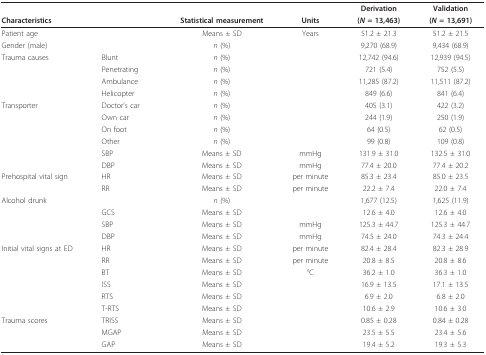
<table><thead><tr><td></td><td></td><td></td><td></td><td><b>Derivation</b></td><td><b>Validation</b></td></tr><tr><td colspan="2"><b>Characteristics</b></td><td><b>Statistical measurement</b></td><td><b>Units</b></td><td><b>(<i>N </i>= 13,463)</b></td><td><b>(<i>N </i>= 13,691)</b></td></tr></thead><tbody><tr><td>Patient age</td><td></td><td>Means ± SD</td><td>Years</td><td>51.2 ± 21.3</td><td>51.2 ± 21.5</td></tr><tr><td>Gender (male)</td><td></td><td><i>n </i>(%)</td><td></td><td>9,270 (68.9)</td><td>9,434 (68.9)</td></tr><tr><td>Trauma causes</td><td>Blunt</td><td><i>n </i>(%)</td><td></td><td>12,742 (94.6)</td><td>12,939 (94.5)</td></tr><tr><td></td><td>Penetrating</td><td><i>n </i>(%)</td><td></td><td>721 (5.4)</td><td>752 (5.5)</td></tr><tr><td></td><td>Ambulance</td><td><i>n </i>(%)</td><td></td><td>11,285 (87.2)</td><td>11,511 (87.2)</td></tr><tr><td></td><td>Helicopter</td><td><i>n </i>(%)</td><td></td><td>849 (6.6)</td><td>841 (6.4)</td></tr><tr><td>Transporter</td><td>Doctor&#x27;s car</td><td><i>n </i>(%)</td><td></td><td>405 (3.1)</td><td>422 (3.2)</td></tr><tr><td></td><td>Own car</td><td><i>n </i>(%)</td><td></td><td>244 (1.9)</td><td>250 (1.9)</td></tr><tr><td></td><td>On foot</td><td><i>n </i>(%)</td><td></td><td>64 (0.5)</td><td>62 (0.5)</td></tr><tr><td></td><td>Other</td><td><i>n </i>(%)</td><td></td><td>99 (0.8)</td><td>109 (0.8)</td></tr><tr><td></td><td>SBP</td><td>Means ± SD</td><td>mmHg</td><td>131.9 ± 31.0</td><td>132.5 ± 31.0</td></tr><tr><td></td><td>DBP</td><td>Means ± SD</td><td>mmHg</td><td>77.4 ± 20.0</td><td>77.4 ± 20.2</td></tr><tr><td>Prehospital vital sign</td><td>HR</td><td>Means ± SD</td><td>per minute</td><td>85.3 ± 23.4</td><td>85.0 ± 23.5</td></tr><tr><td></td><td>RR</td><td>Means ± SD</td><td>per minute</td><td>22.2 ± 7.4</td><td>22.0 ± 7.4</td></tr><tr><td>Alcohol drunk</td><td></td><td><i>n </i>(%)</td><td></td><td>1,677 (12.5)</td><td>1,625 (11.9)</td></tr><tr><td></td><td>GCS</td><td>Means ± SD</td><td></td><td>12.6 ± 4.0</td><td>12.6 ± 4.0</td></tr><tr><td></td><td>SBP</td><td>Means ± SD</td><td>mmHg</td><td>125.3 ± 44.7</td><td>125.3 ± 44.7</td></tr><tr><td></td><td>DBP</td><td>Means ± SD</td><td>mmHg</td><td>74.5 ± 24.0</td><td>74.3 ± 24.4</td></tr><tr><td>Initial vital signs at ED</td><td>HR</td><td>Means ± SD</td><td>per minute</td><td>82.4 ± 28.4</td><td>82.3 ± 28.9</td></tr><tr><td></td><td>RR</td><td>Means ± SD</td><td>per minute</td><td>20.8 ± 8.5</td><td>20.8 ± 8.6</td></tr><tr><td></td><td>BT</td><td>Means ± SD</td><td>°C</td><td>36.2 ± 1.0</td><td>36.3 ± 1.0</td></tr><tr><td></td><td>ISS</td><td>Means ± SD</td><td></td><td>16.9 ± 13.5</td><td>17.1 ± 13.5</td></tr><tr><td></td><td>RTS</td><td>Means ± SD</td><td></td><td>6.9 ± 2.0</td><td>6.8 ± 2.0</td></tr><tr><td></td><td>T-RTS</td><td>Means ± SD</td><td></td><td>10.6 ± 2.9</td><td>10.6 ± 3.0</td></tr><tr><td>Trauma scores</td><td>TRISS</td><td>Means ± SD</td><td></td><td>0.85 ± 0.28</td><td>0.84 ± 0.28</td></tr><tr><td></td><td>MGAP</td><td>Means ± SD</td><td></td><td>23.5 ± 5.5</td><td>23.4 ± 5.6</td></tr><tr><td></td><td>GAP</td><td>Means ± SD</td><td></td><td>19.4 ± 5.2</td><td>19.3 ± 5.3</td></tr></tbody></table>